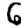
Digit: 6